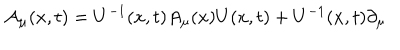
{ \cal A } _ { \mu } ( x , t ) = U ^ { - 1 } ( x , t ) A _ { \mu } ( x ) U ( x , t ) + U ^ { - 1 } ( x , t ) \partial _ { \mu }